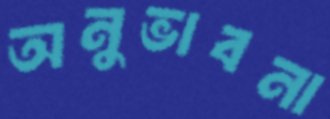
অনুভাবনা